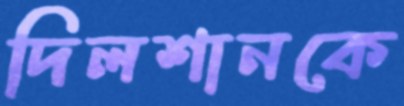
দিলশানকে